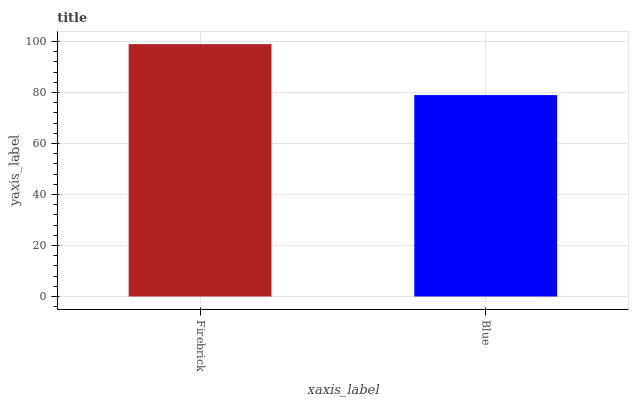
| xaxis_label | bars |
 | --- | --- |
 | Firebrick | 99 |
 | Blue | 79 |